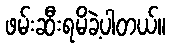
ဖမ်းဆီးရမိခဲ့ပါတယ်။